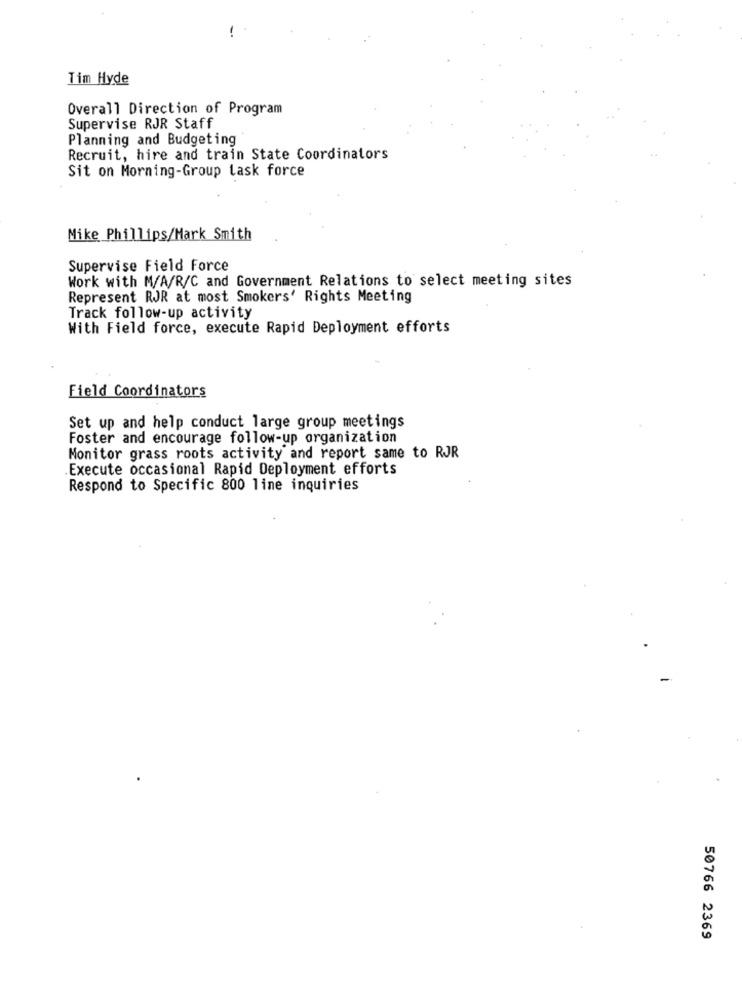
!
Tim Hyde
Overall Direction of Program
Supervise RJR Staff
Planning and Budgeting
Recruit, hire and train State Coordinators
Sit on Morning-Group task force
Mike Phillips/Mark Smith
Supervise Field Force
Work with M/A/R/C and Government Relations to select meeting sites
Represent RJR at most Smokers' Rights Meeting
Track follow-up activity
With Field force, execute Rapid Deployment efforts
Field Coordinators
Set up and help conduct large group meetings
Foster and encourage follow-up organization
Monitor grass roots activity and report same to RJR
Execute occasional Rapid Deployment efforts
Respond to Specific 800 line inquiries
50766 2369